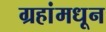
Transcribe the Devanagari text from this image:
ग्रहांमधून